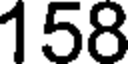
158